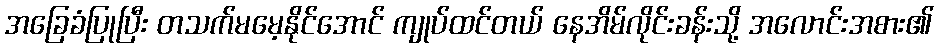
အခြေခံပြုပြီး တသက်မမေ့နိုင်အောင် ကျုပ်ထင်တယ် နေအိမ်လိုင်းခန်းသို့ အလောင်းအစား၏